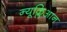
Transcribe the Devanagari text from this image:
न्यूक्लिआन